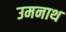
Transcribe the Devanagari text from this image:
उमनाथ